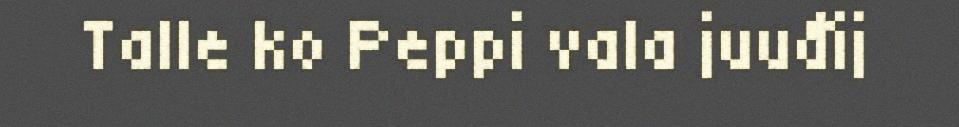
Talle ko Peppi vala juuđij